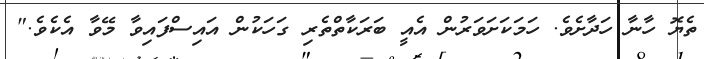
ތެޔޮ ހާނާ ހަދާށެވެ. ހަމަކަށަވަރުން އެއީ ބަރަކާތްތެރި ގަހަކުން އައިސްފައިވާ މޭވާ އެކެވެ."